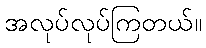
အလုပ်လုပ်ကြတယ်။